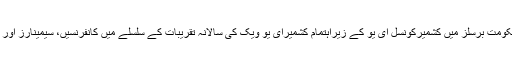
ر) بلجیم کے دارالحکومت برسلز میں کشمیرکونسل ای یو کے زیراہتمام کشمیرای یو ویک کی سالانہ تقریبات کے سلسلے میں کانفرنسیں، سیمینارز اور ملاقاتیں جاری ہیں۔